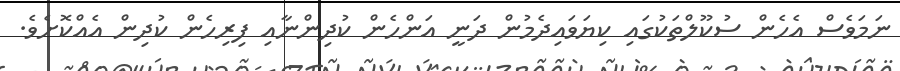
ނަމަވެސް އެހެން ސުކޫލްތަކުގައި ކިޔަވައިދެމުން ދަނީ އަންހެން ކުދިންނާއި ފިރިހެން ކުދިން އެއްކޮށެވެ.